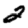
Digit: 2